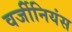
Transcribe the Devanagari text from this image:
वर्जीनियंस